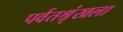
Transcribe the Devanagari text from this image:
पर्वतश्रृंखला